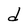
Character: d